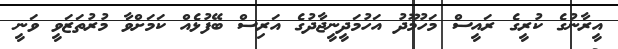
އީރާނުގެ ކުރީގެ ރައީސް މަހުމޫދު އަހުމަދީނީޖާދުގެ އަރިސް ބޭފުޅެއް ކަމަށްވާ މުރުތަޒަވީ ވަނީ